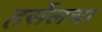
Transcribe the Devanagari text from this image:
हर्सेलचा